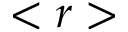
< r >